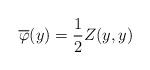
LaTeX: \begin{align*} \overline{\varphi}(y)=\frac{1}{2}Z(y,y) \end{align*}